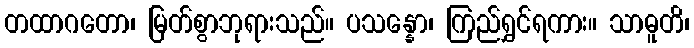
တထာဂတော၊ မြတ်စွာဘုရားသည်။ ပသန္နော၊ ကြည်ရွှင်ရကား။ သာဓူတိ၊